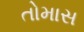
તોમાસ